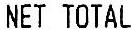
NET TOTAL